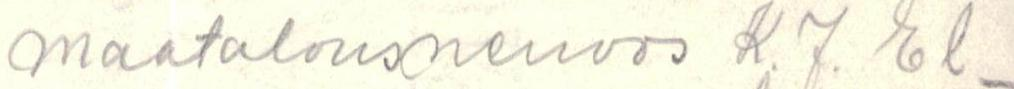
maatalousneuvos K.J. El-